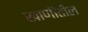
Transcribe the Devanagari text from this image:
खाणींतील